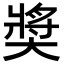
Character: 奬